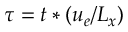
\tau = t * \left( u _ { e } / L _ { x } \right)